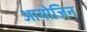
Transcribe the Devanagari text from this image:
आयोजिन